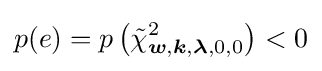
p(e)=p\left({\tilde {\chi }}_{{\boldsymbol {w}},{\boldsymbol {k}},{\boldsymbol {\lambda }},0,0}^{2}\right)<0